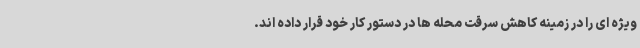
ویژه ای را در زمینه کاهش سرقت محله ها در دستور کار خود قرار داده اند.